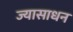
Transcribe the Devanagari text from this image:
ज्यासाधन